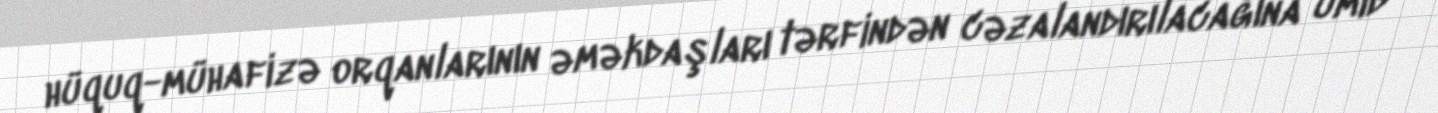
hüquq-mühafizə orqanlarının əməkdaşları tərfindən cəzalandırılacağına ümid